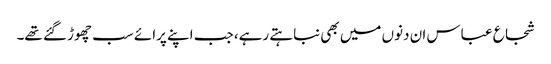
شجاع عباس ان دنوں میں بھی نباہتے رہے، جب اپنے پرائے سب چھوڑ گئے تھے۔